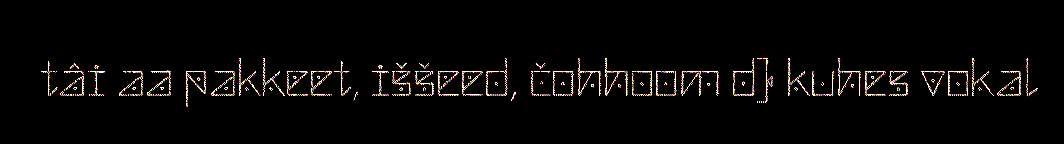
tâi aa pakkeet, iššeed, čohhoom d) kuhes vokal